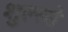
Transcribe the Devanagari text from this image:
शुल्त्से